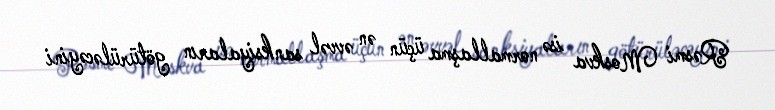
Rəsmi Moskva isə normallaşma üçün ən əvvəl sanksiyaların götürüləcəyini